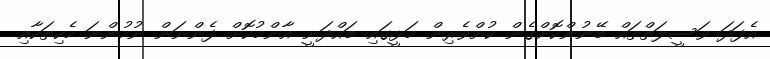
އެފަދަ ވަސީލަތްތައް ބޭނުންކޮށްގެން ކުށްވެރިން މަޅީގައި ބައްދަނީ އާންމުކޮށް ފެންނަން ނުހުންނަ ހެކިތަކާއި